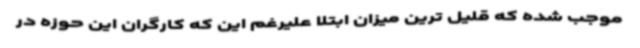
موجب شده که قلیل ترین میزان ابتلا علیرغم این که کارگران این حوزه در